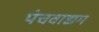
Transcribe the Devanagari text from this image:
पंचवाद्यम